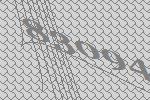
83094